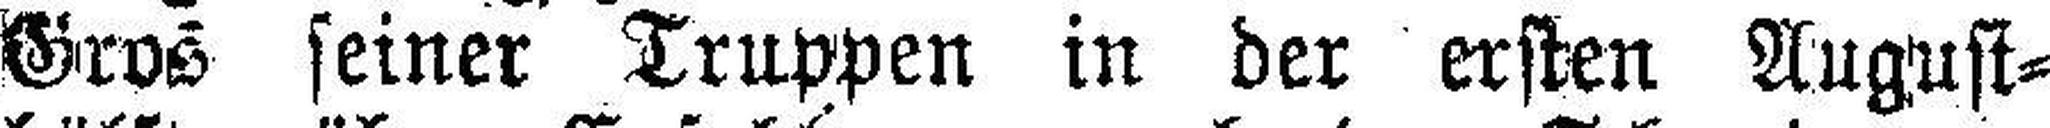
Gros seiner Truppen in der ersten August¬